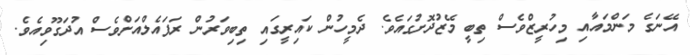
އޭނަގެ މަންމައާއި މިހުރީޒްވެސް ތިބީ މޭޒުދޮށުގައެވެ. ދެމީހުން ކައިރީގައި ތިބިވަރުން ރަފައެލްއަށްވެސް އުދަގޫވިއެވެ.